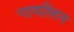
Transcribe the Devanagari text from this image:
गायलिन